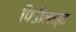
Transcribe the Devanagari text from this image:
पिडीलाइट